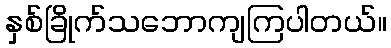
နှစ်ခြိုက်သဘောကျကြပါတယ်။